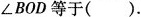
\angle BOD等于().